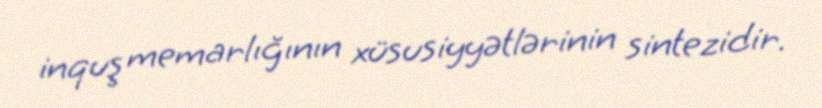
inquş memarlığının xüsusiyyətlərinin sintezidir.